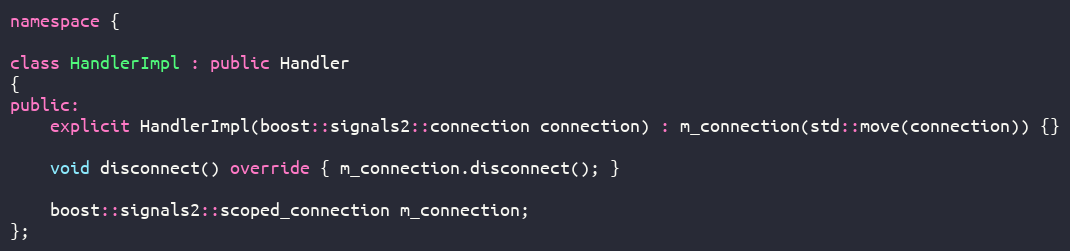
Language: C++
namespace {

class HandlerImpl : public Handler
{
public:
    explicit HandlerImpl(boost::signals2::connection connection) : m_connection(std::move(connection)) {}

    void disconnect() override { m_connection.disconnect(); }

    boost::signals2::scoped_connection m_connection;
};